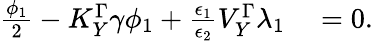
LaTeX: \begin{array}{rl}{\frac{\phi_{1}}{2}-K_{Y}^{\Gamma}\gamma\phi_{1}+\frac{\epsilon_{1}}{\epsilon_{2}}V_{Y}^{\Gamma}\lambda_{1}}&{{}=0.}\end{array}